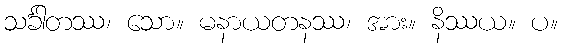
သင်္ခါတဿ၊ သော။ မနာယတနဿ၊ အား။ နိဿယ။ ပ။